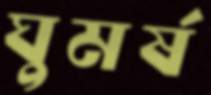
ঘুমর্ষ